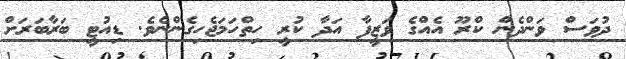
ދުވަސް ވަންދެން ކްރޫ އެއްގެ ވަޒީފާ އަދާ ކުރީ ހިތްހަމަޖެހިގެންނެވެ. ޑިއުޓީ ބަރާބަރަށް